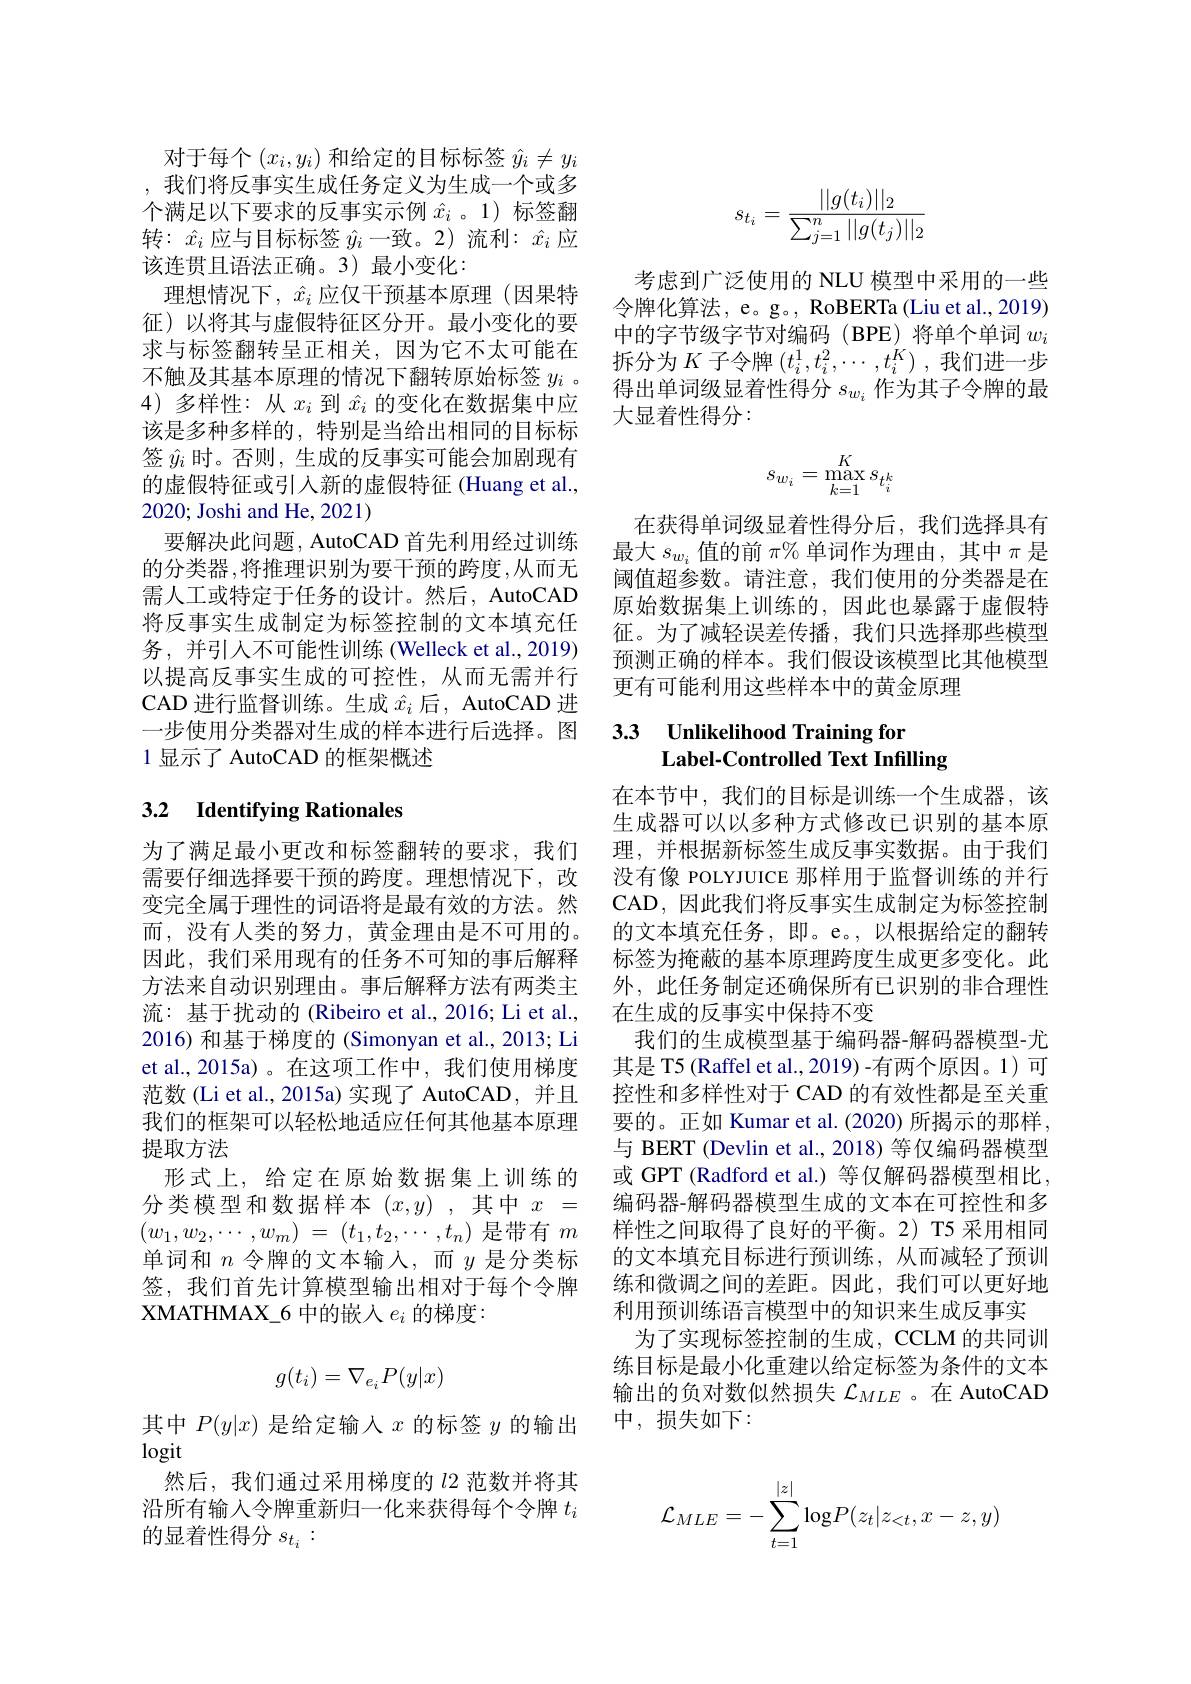
对于每个$\left(x_i,y_i\right)$和给定的目标标签$\hat{y}_i\neq y_i$ ,我们将反事实生成任务定义为生成一个或多个满足以下要求的反事实示例$\hat{x}_i$ 。1)标签翻转：$\hat{x}_i$应与目标标签$\hat{y}_i$一致。2)流利：$\hat{x}_i$应该连贯且语法正确。3)最小变化：
理想情况下，$\hat{x}_i$应仅干预基本原理(因果特征)以将其与虚假特征区分开。最小变化的要求与标签翻转呈正相关，因为它不太可能在4)多样性：从$x_i$到$\hat{x}_i$的变化在数据集中应该是多种多样的，特别是当给出相同的目标标签$\hat{y}_i$时。否则，生成的反事实可能会加剧现有的虚假特征或引入新的虚假特征 (Huang et al., 2020; Joshi and He, 2021)
要解决此问题，AutoCAD 首先利用经过训练的分类器，将推理识别为要干预的跨度，从而无需人工或特定于任务的设计。然后，AutoCAD 将反事实生成制定为标签控制的文本填充任务，并引入不可能性训练(Welleck et al., 2019) 以提高反事实生成的可控性，从而无需并行CAD 进行监督训练。生成$\hat{x}_i$后，AutoCAD 进一步使用分类器对生成的样本进行后选择。图1 显示了 AutoCAD 的框架概述

## 3.2 Identifying Rationales

为了满足最小更改和标签翻转的要求，我们需要仔细选择要干预的跨度。理想情况下，改变完全属于理性的词语将是最有效的方法。然而，没有人类的努力，黄金理由是不可用的。因此，我们采用现有的任务不可知的事后解释方法来自动识别理由。事后解释方法有两类主流：基于扰动的 (Ribeiro et al., 2016; Li et al., 2016) 和基于梯度的 (Simonyan et al.,2013; Li et al.,2015a)。在这项工作中，我们使用梯度范数(Li et al., 2015a) 实现了 AutoCAD, 并且我们的框架可以轻松地适应任何其他基本原理提取方法
形式上，给定在原始数据集上训练的分类模型和数据样本$(x,y)$,其中$x=$ $( w_1, w_2, \cdots , w_m)$ = $( t_1, t_2, \cdots , t_n)$是带有$m$ 单词和$n$令牌的文本输人，而$y$是分类标签，我们首先计算模型输出相对于每个令牌XMATHMAX\_6 中的嵌入$e_i$的梯度：
$$g(t_i)=\nabla_{e_i}P(y|x)$$
其中$P(y|x)$是给定输入$x$的标签$y$的输出
$\log$it
然后，我们通过采用梯度的$l$2 范数并将其沿所有输入令牌重新归一化来获得每个令牌$t_i$ 的显着性得分$s_{t_i}:$
$$s_{t_i}=\frac{||g(t_i)||_2}{\sum_{j=1}^n||g(t_j)||_2}$$
考虑到广泛使用的 NLU 模型中采用的一些令牌化算法，e。g。, RoBERTa (Liu et al., 2019) 中的字节级字节对编码(BPE)将单个单词$w_i$
求 与 标 签 翻 转 呈 止 相 天 , 因 为 它 个 太 可 能 在 拆 分 为 $K$ 子 令 牌 $( t_i^1, t_i^2, \cdots , t_i^K) $,我 们 进 一 步 不 触 及 其 基 本 原 理 的 情 况 下 翻 转 原 始 标 签 $y_i$ 。得 出 单 词 级 显 着 性 得 分 $s_w$ 作 为 其 子 今 牌 的 最
得出单词级显着性得分$s_{w_i}$作为其子令牌的最
大显着性得分：
$$s_{w_i}=\max_{k=1}^Ks_{t_i^k}$$
在获得单词级显着性得分后，我们选择具有最大$s_{w_i}$值的前$\pi\%$单词作为理由，其中$\pi$是阈值超参数。请注意，我们使用的分类器是在原始数据集上训练的，因此也暴露于虚假特征。为了减轻误差传播，我们只选择那些模型预测正确的样本。我们假设该模型比其他模型更有可能利用这些样本中的黄金原理

### 3.3 Unlikelihood Training for Label-Controlled Text Infilling

在本节中，我们的目标是训练一个生成器，该生成器可以以多种方式修改已识别的基本原理，并根据新标签生成反事实数据。由于我们没有像 POLYJUICE 那样用于监督训练的并行CAD, 因此我们将反事实生成制定为标签控制的文本填充任务，即。e。,以根据给定的翻转标签为掩蔽的基本原理跨度生成更多变化。此外，此任务制定还确保所有已识别的非合理性在生成的反事实中保持不变
我们的生成模型基于编码器-解码器模型-尤其是 T5 (Raffel et al., 2019) -有两个原因。1) 可控性和多样性对于 CAD 的有效性都是至关重要的。正如 Kumar et al. (2020) 所揭示的那样， 与 BERT (Devlin et al., 2018) 等仅编码器模型或 GPT (Radford et al.) 等仅解码器模型相比， 编码器-解码器模型生成的文本在可控性和多样性之间取得了良好的平衡。2) T5 采用相同的文本填充目标进行预训练，从而减轻了预训练和微调之间的差距。因此，我们可以更好地利用预训练语言模型中的知识来生成反事实
为了实现标签控制的生成，CCLM 的共同训练目标是最小化重建以给定标签为条件的文本输出的负对数似然损失$\mathcal{L}_{MLE}$ 。在 AutoCAD 中，损失如下：
$$\mathcal{L}_{MLE}=-\sum_{t=1}^{|z|}\log P(z_t|z_{<t},x-z,y)$$